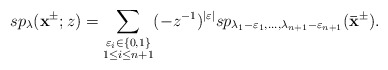
\begin{align*}sp_\lambda(\mathbf{x}^{\pm};z)=\sum_{\substack{\varepsilon_i\in\{0,1\}\\1\leq i\leq n+1}}(-z^{-1})^{|\varepsilon|}sp_{\lambda_1-\varepsilon_1,\dots,\lambda_{n+1}-\varepsilon_{n+1}}(\mathbf{\bar{x}}^{\pm}).\end{align*}